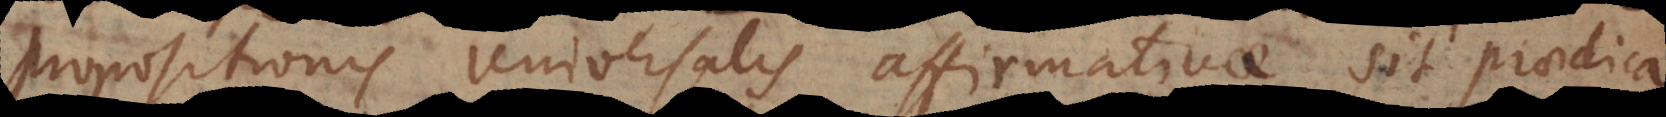
propositionis universalis affirmativae sit praedica